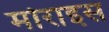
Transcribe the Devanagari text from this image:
मोराइस